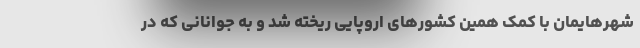
شهرهایمان با کمک همین کشورهای اروپایی ریخته شد و به جوانانی که در